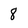
Character: 8